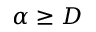
\alpha \geq D